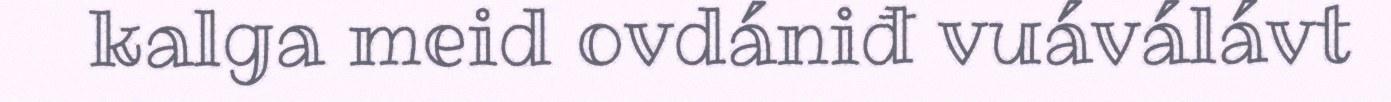
kalga meid ovdániđ vuáválávt